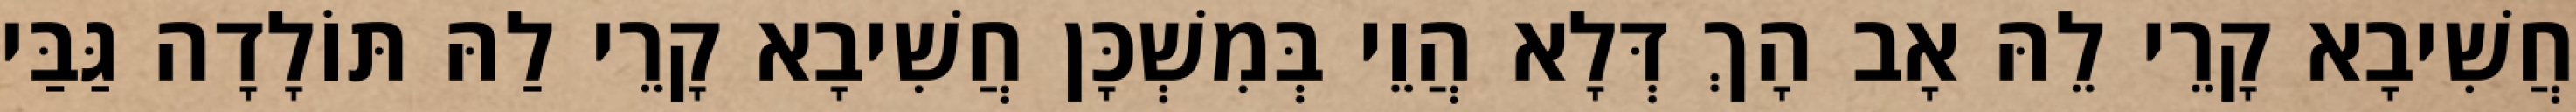
חֲשִׁיבָא קָרֵי לֵהּ אָב הָךְ דְּלָא הֲוֵי בְּמִשְׁכָּן חֲשִׁיבָא קָרֵי לַהּ תּוֹלָדָה גַּבַּי